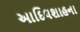
આદિલશાહના